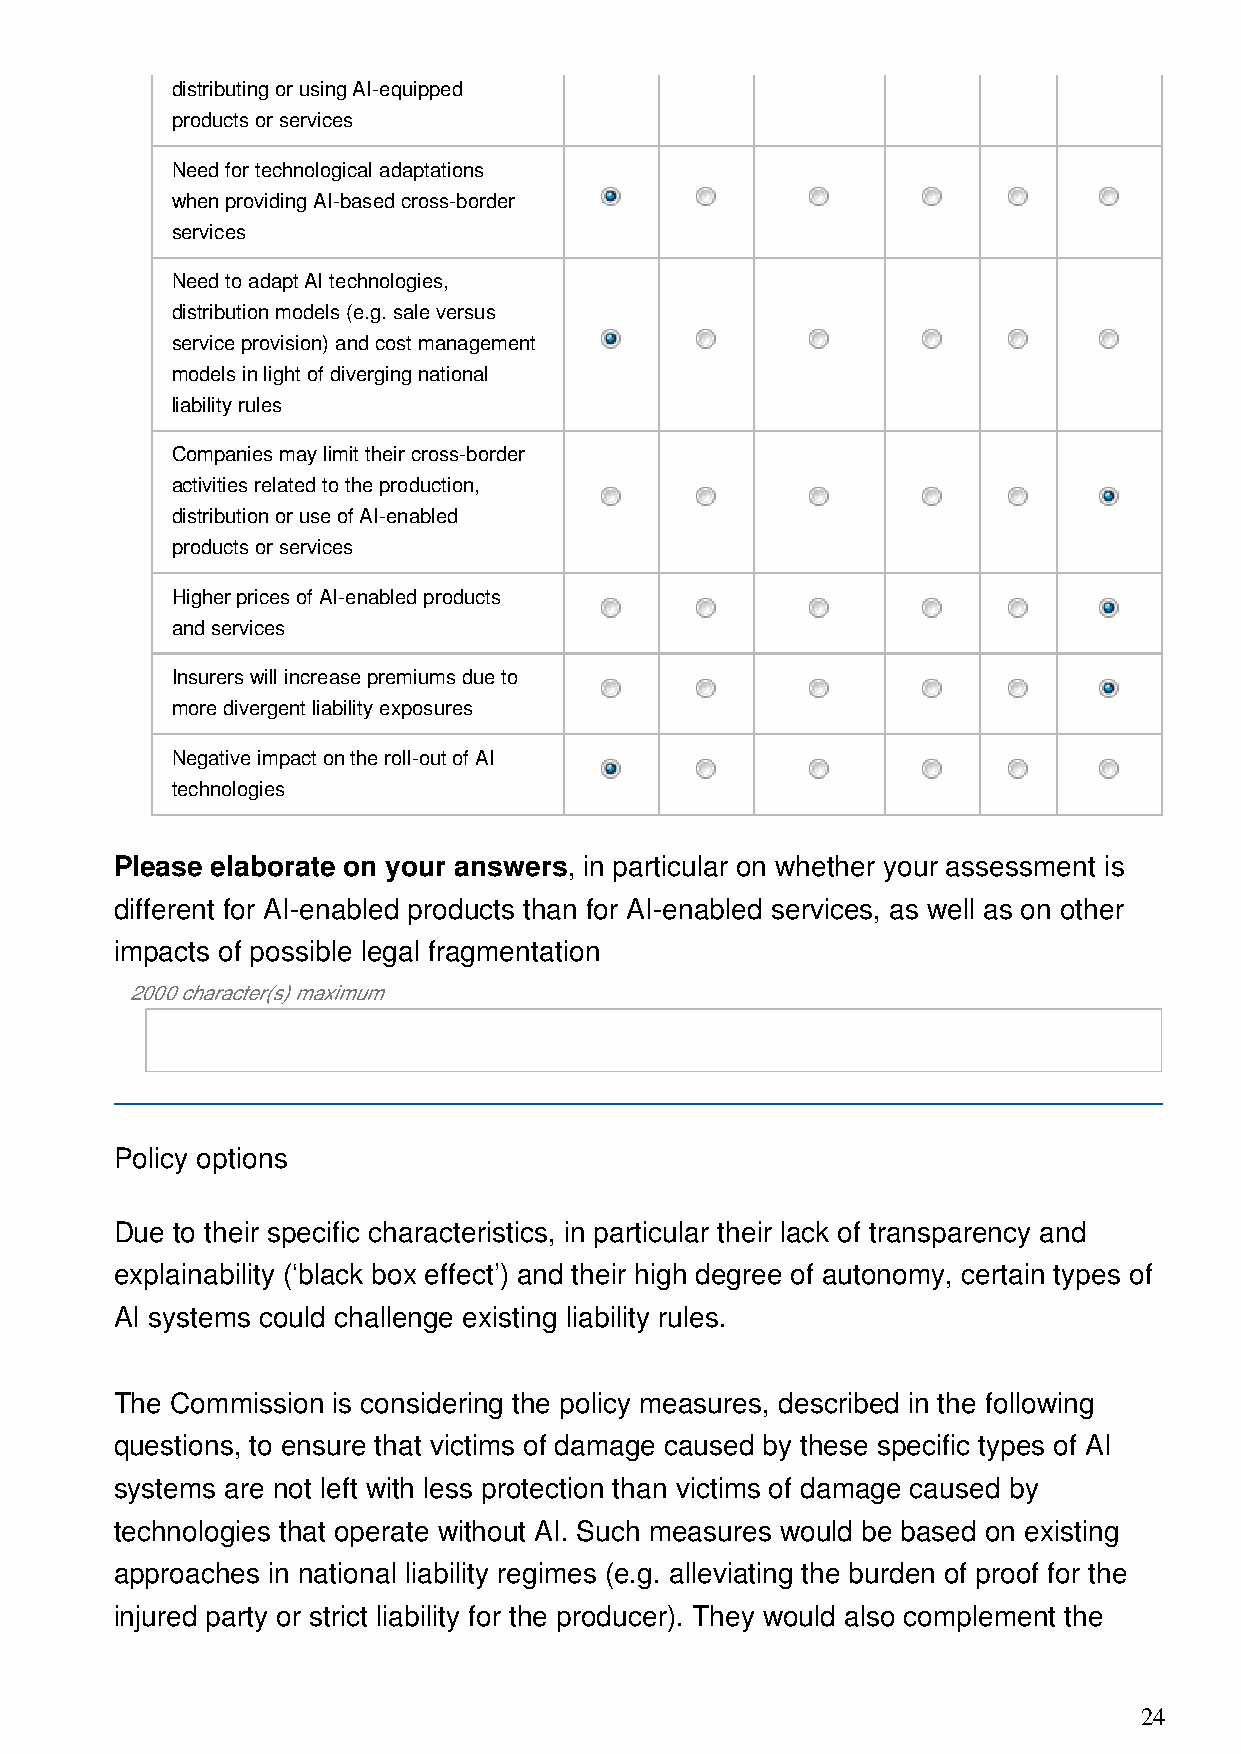
distributing or using AI-equipped
 products or services
 Need for technological adaptations
 when providing AI-based cross-border
 services
 Need to adapt AI technologies,
 distribution models (e.g. sale versus
 service provision) and cost management
 models in light of diverging national
 liability rules
 Companies may limit their cross-border
 activities related to the production,
 distribution or use of AI-enabled
 products or services
 Higher prices of AI-enabled products
 and services
 Insurers will increase premiums due to
 more divergent liability exposures
 Negative impact on the roll-out of AI
 technologies
 Please elaborate on your answers, in particular on whether your assessment is
 different for AI-enabled products than for AI-enabled services, as well as on other
 impacts of possible legal fragmentation
 2000 character(s) maximum
 Policy options
 Due to their specific characteristics, in particular their lack of transparency and
 explainability (‘black box effect’) and their high degree of autonomy, certain types of
 AI systems could challenge existing liability rules.
 The Commission is considering the policy measures, described in the following
 questions, to ensure that victims of damage caused by these specific types of AI
 systems are not left with less protection than victims of damage caused by
 technologies that operate without AI. Such measures would be based on existing
 approaches in national liability regimes (e.g. alleviating the burden of proof for the
 injured party or strict liability for the producer). They would also complement the
 24